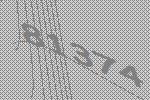
81374